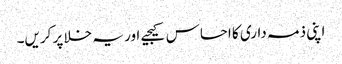
اپنی ذمہ داری کا احساس کیجیے اور یہ خلا پر کریں۔